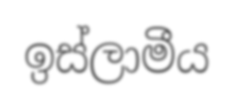
ඉස්ලාමීය